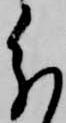
分